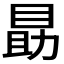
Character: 𪾫